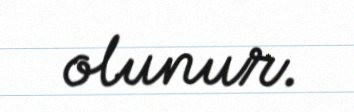
olunur.